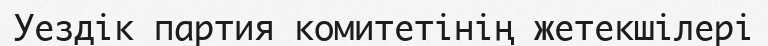
Уездік партия комитетінің жетекшілері